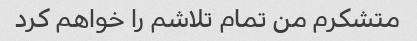
متشکرم من تمام تلاشم را خواهم کرد